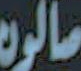
مالون